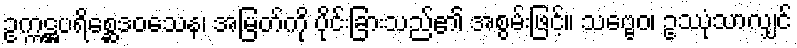
ဥက္ကဋ္ဌပရိစ္ဆေဒဝသေန၊ အမြတ်ကို ပိုင်းခြားသည်၏ အစွမ်းဖြင့်။ သဗ္ဗေဝ၊ ဥဿုံသာလျှင်